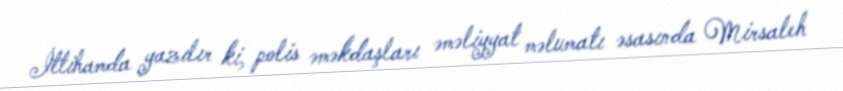
İttihamda yazılır ki, polis əməkdaşları əməliyyat məlumatı əsasında Mirsaleh